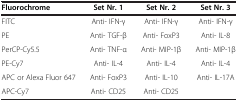
| Fluorochrome | Set Nr. 1 | Set Nr. 2 | Set Nr. 3 |
 | --- | --- | --- | --- |
 | FITC | Anti- IFN-γ | Anti- IFN-γ | Anti- IFN-γ |
 | PE | Anti- TGF-β | Anti- FoxP3 | Anti- IL-8 |
 | PerCP-Cy5.5 | Anti- TNF-α | Anti- MIP-1β | Anti- MIP-1β |
 | PE-Cy7 | Anti- IL-4 | Anti- IL-4 | Anti- IL-4 |
 | APC or Alexa Fluor 647 | Anti- FoxP3 | Anti- IL-10 | Anti- IL-17A |
 | APC-Cy7 | Anti- CD25 | Anti- CD25 |  |